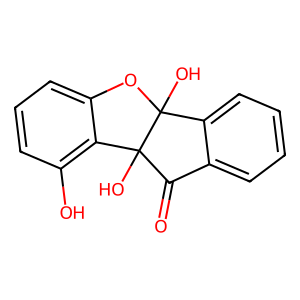
SMILES: O=C1c2ccccc2C2(O)Oc3cccc(O)c3C12O
Inhibits HIV replication: No